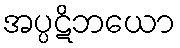
အပ္ပဋိဘယော